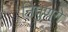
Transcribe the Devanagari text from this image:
निपुणगे